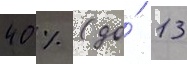
40 % (до́ 13